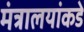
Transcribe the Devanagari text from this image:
मंत्रालयांकडे